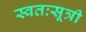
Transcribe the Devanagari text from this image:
स्वतःसूत्री